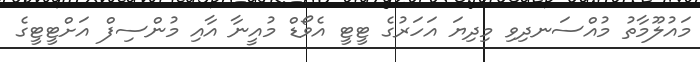
މައުލޫމާތު މުއްސަނދިވި މިދިޔަ އަހަރުގެ ޓީޓީ އެވޯޑް މުއީނާ އާއި މުންސިފް އަށްޓީޓީގެ